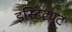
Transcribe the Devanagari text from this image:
इस्टिंट्यूट